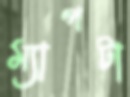
ম্যাপটা